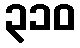
၃၁၀